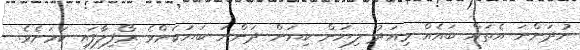
ނުދަންނަ އެތައް ބައެއް މިއަދު ލިޔަން ކިޔަން ދަންނަ ބަޔަކަށްވެ ރޯފިލާފައި ކަމަށެވެ.